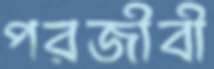
পরজীবী